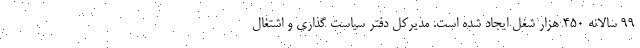
۹۹ سالانه ۴۵۰ هزار شغل ایجاد شده است. مدیرکل دفتر سیاست گذاری و اشتغال